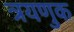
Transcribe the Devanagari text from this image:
त्रयणुक